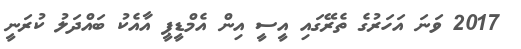
2017 ވަނަ އަހަރުގެ ތެރޭގައި އީސީ އިން އެމްޑީޕީ އާއެކު ބައްދަލު ކުރަނީ